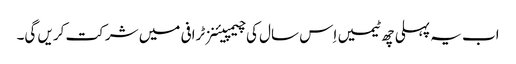
اب یہ پہلی چھ ٹیمیں اِس سال کی چیمپیئنز ٹرافی میں شرکت کریں گی۔